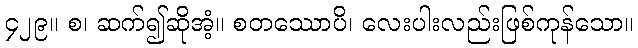
၄၂၉။ စ၊ ဆက်၍ဆိုအံ့။ စတဿောပိ၊ လေးပါးလည်းဖြစ်ကုန်သော။